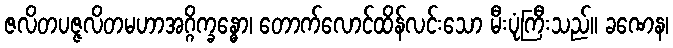
ဇလိတပဇ္ဇလိတမဟာအဂ္ဂိက္ခန္ဓော၊ တောက်လောင်ထိန်လင်းသော မီးပုံကြီးသည်။ ခဏေန၊